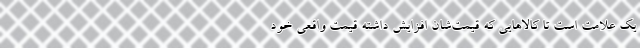
یک علامت است تا کالا‌هایی که قیمت‌شان افزایش داشته قیمت واقعی خود